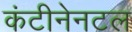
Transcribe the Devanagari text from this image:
कंटीनेनटल